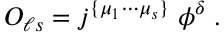
{ \cal O } _ { \ell s } = j ^ { \{ \mu _ { 1 } \cdots \mu _ { s } \} } \; \phi ^ { \delta } \; .